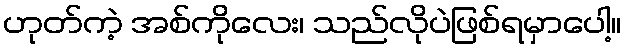
ဟုတ်ကဲ့ အစ်ကိုလေး၊ သည်လိုပဲဖြစ်ရမှာပေါ့။